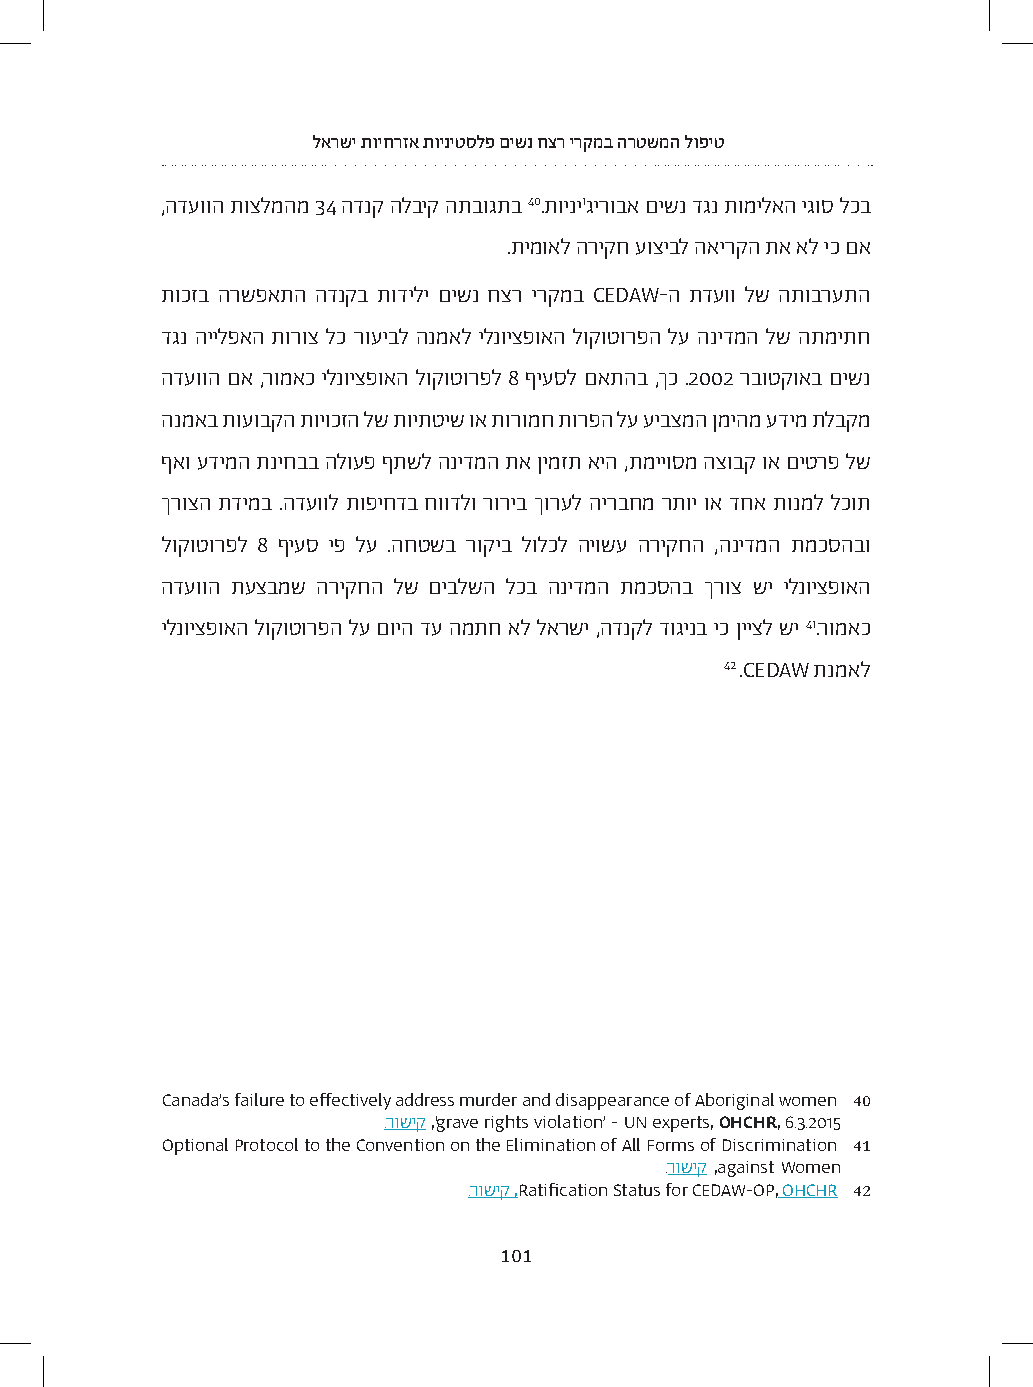
לארשי תויחרזא תויניטסלפ םישנ חצר ירקמב הרטשמה לופיט
 ,הדעווה תוצלמהמ 34 הדנק הלביק התבוגתב 40.תויני'גירובא םישנ דגנ תומילאה יגוס לכב
 .תימואל הריקח עוציבל האירקה תא אל יכ םא
 תוכזב הרשפאתה הדנקב תודילי םישנ חצר ירקמב CEDAW-ה תדעוו לש התוברעתה
 דגנ היילפאה תורוצ לכ רועיבל הנמאל ילנויצפואה לוקוטורפה לע הנידמה לש התמיתח
 הדעווה םא ,רומאכ ילנויצפואה לוקוטורפל 8 ףיעסל םאתהב ,ךכ .2002 רבוטקואב םישנ
 הנמאב תועובקה תויוכזה לש תויתטיש וא תורומח תורפה לע עיבצמה ןמיהמ עדימ תלבקמ
 ףאו עדימה תניחבב הלועפ ףתשל הנידמה תא ןימזת איה ,תמייוסמ הצובק וא םיטרפ לש
 ךרוצה תדימב .הדעוול תופיחדב חוודלו רוריב ךורעל הירבחמ רתוי וא דחא תונמל לכות
 לוקוטורפל 8 ףיעס יפ לע .החטשב רוקיב לולכל היושע הריקחה ,הנידמה תמכסהבו
 הדעווה תעצבמש הריקחה לש םיבלשה לכב הנידמה תמכסהב ךרוצ שי ילנויצפואה
 ילנויצפואה לוקוטורפה לע םויה דע המתח אל לארשי ,הדנקל דוגינב יכ ןייצל שי 41.רומאכ
 42 .CEDAW תנמאל
 Canada’s failure to effectively address murder and disappearance of Aboriginal women 40
 .רושיק ,‘grave rights violation’ - UN experts, OHCHR, 6.3.2015
 Optional Protocol to the Convention on the Elimination of All Forms of Discrimination 41
 .רושיק ,against Women
 .רושיק ,Ratification Status for CEDAW-OP, OHCHR 42
 101